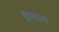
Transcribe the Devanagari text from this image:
हरदान